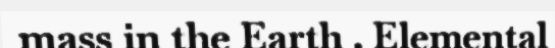
mass in the Earth . Elemental